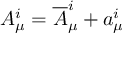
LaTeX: A _ { \mu } ^ { i } = { \overline { { A } } } _ { \mu } ^ { i } + a _ { \mu } ^ { i }